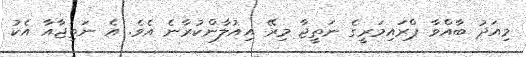
މިއަދު ބާއްވާ ޕްރައިމަރީގެ ނަތީޖާ މިރޭ އިއުލާންކުރާނެ އެވެ. އެ ނަތިޖާއާ އެކު